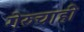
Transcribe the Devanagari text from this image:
गेरुचाही